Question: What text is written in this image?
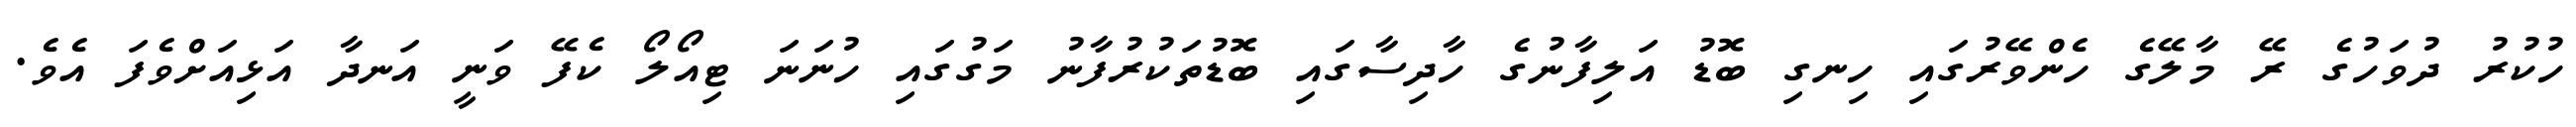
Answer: ހުކުރު ދުވަހުގެ ރޭ މާލޭގެ ހެންވޭރުގައި ހިނގި ބޮޑު އަލިފާނުގެ ހާދިސާގައި ބޮޑުތަކުރުފާނު މަގުގައި ހުނަނަ ޓިއޯލޯ ކެފޭ ވަނީ އަނދާ އަޅިއަށްވެފަ އެވެ.